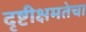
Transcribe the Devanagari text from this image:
दृष्टीक्षमतेचा